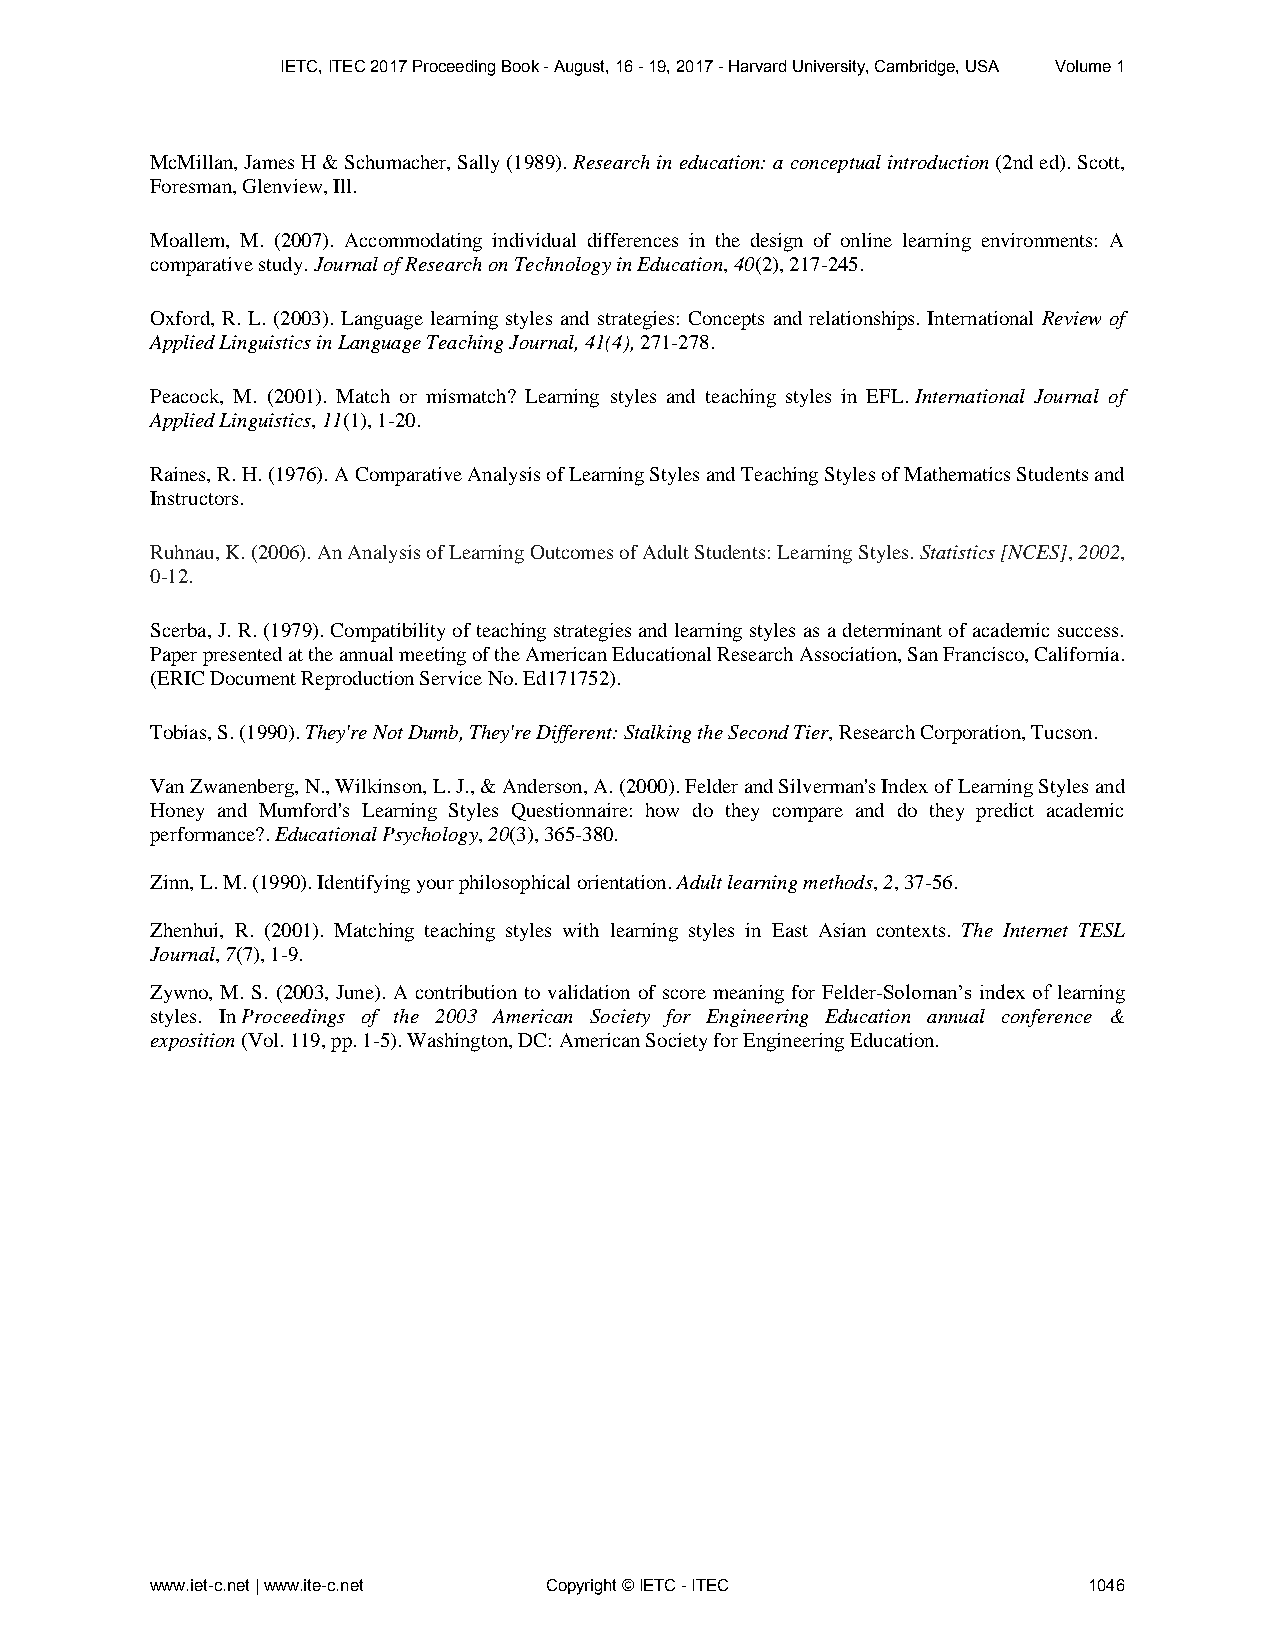
IETC, ITEC 2017 Proceeding Book - August, 16 - 19, 2017 - Harvard University, Cambridge, USA Volume 1
 McMillan, James H & Schumacher, Sally (1989). Research in education: a conceptual introduction (2nd ed). Scott,
 Foresman, Glenview, Ill.
 Moallem, M. (2007). Accommodating individual differences in the design of online learning environments: A
 comparative study. Journal of Research on Technology in Education, 40(2), 217-245.
 Oxford, R. L. (2003). Language learning styles and strategies: Concepts and relationships. International Review of
 Applied Linguistics in Language Teaching Journal, 41(4), 271-278.
 Peacock, M. (2001). Match or mismatch? Learning styles and teaching styles in EFL. International Journal of
 Applied Linguistics, 11(1), 1-20.
 Raines, R. H. (1976). A Comparative Analysis of Learning Styles and Teaching Styles of Mathematics Students and
 Instructors.
 Ruhnau, K. (2006). An Analysis of Learning Outcomes of Adult Students: Learning Styles. Statistics [NCES], 2002,
 0-12.
 Scerba, J. R. (1979). Compatibility of teaching strategies and learning styles as a determinant of academic success.
 Paper presented at the annual meeting of the American Educational Research Association, San Francisco, California.
 (ERIC Document Reproduction Service No. Ed171752).
 Tobias, S. (1990). They're Not Dumb, They're Different: Stalking the Second Tier, Research Corporation, Tucson.
 Van Zwanenberg, N., Wilkinson, L. J., & Anderson, A. (2000). Felder and Silverman's Index of Learning Styles and
 Honey and Mumford's Learning Styles Questionnaire: how do they compare and do they predict academic
 performance?. Educational Psychology, 20(3), 365-380.
 Zinn, L. M. (1990). Identifying your philosophical orientation. Adult learning methods, 2, 37-56.
 Zhenhui, R. (2001). Matching teaching styles with learning styles in East Asian contexts. The Internet TESL
 Journal, 7(7), 1-9.
 Zywno, M. S. (2003, June). A contribution to validation of score meaning for Felder-Soloman’s index of learning
 styles. In Proceedings of the 2003 American Society for Engineering Education annual conference &
 exposition (Vol. 119, pp. 1-5). Washington, DC: American Society for Engineering Education.
 www.iet-c.net | www.ite-c.net Copyright © IETC - ITEC         1046